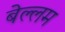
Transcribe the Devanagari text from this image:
बेल्लम